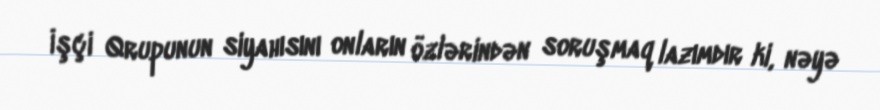
İşçi Qrupunun siyahısını onların özlərindən soruşmaq lazımdır ki, nəyə